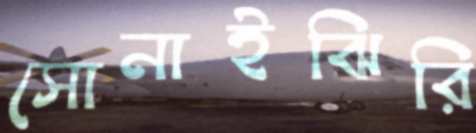
সোনাইঝিরি